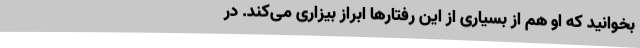
بخوانید که او هم از بسیاری از این رفتارها ابراز بیزاری می‌کند. در